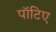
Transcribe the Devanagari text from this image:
पॉटिए